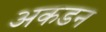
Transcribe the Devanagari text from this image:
अकडन